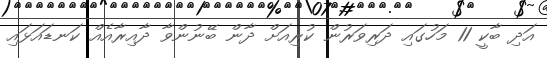
އަދި ބާކީ 11 މަހުގައި ދަރިވަރުން ކުރިއަށް ދާން ބޭނުންވާ ދާއިރާއެއް ކަނޑައަޅައި